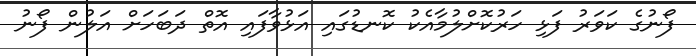
ފޯނުގެ ކަވަރު ފަޅި ހަރުކޮށްލުމާއެކު ކޮނޑުގައި އަޅުވާފައި އޮތް ދަބަހަށް އަލުން ފޯނު